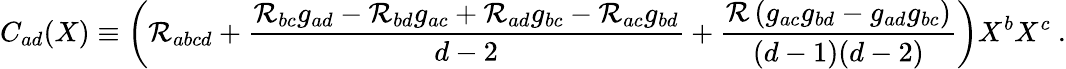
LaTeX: C_{ad}(X)\equiv\left(\mathcal{R}_{abcd}+\frac{\mathcal{R}_{bc}g_{ad}-\mathcal{R}_{bd}g_{ac}+\mathcal{R}_{ad}g_{bc}-\mathcal{R}_{ac}g_{bd}}{d-2}+\frac{\mathcal{R}\left(g_{ac}g_{bd}-g_{ad}g_{bc}\right)}{(d-1)(d-2)}\right)X^{b}X^{c}\ .